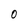
Character: 0